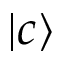
\left| c \right\rangle